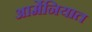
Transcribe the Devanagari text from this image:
आर्मेनियात